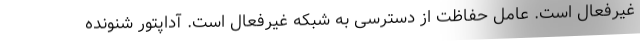
غیرفعال است. عامل حفاظت از دسترسی به شبکه غیرفعال است. آداپتور شنونده